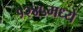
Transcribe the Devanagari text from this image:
१२४५मध्ये